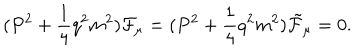
( P ^ { 2 } + \frac { 1 } { 4 } q ^ { 2 } m ^ { 2 } ) { \cal F } _ { \mu } = ( P ^ { 2 } + \frac { 1 } { 4 } q ^ { 2 } m ^ { 2 } ) { \tilde { \cal F } } _ { \mu } = 0 .